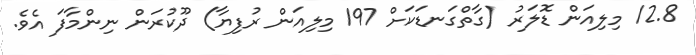
12.8 މިލިއަން ޑޮލަރު (ގާތްގަނޑަކަށް 197 މިލިއަން ރުފިޔާ) ދޫކުރަން ނިންމާފަ އެވެ.